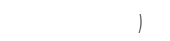
)